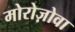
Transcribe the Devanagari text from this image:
मोरोज़ोवा